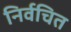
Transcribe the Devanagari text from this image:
निर्वचित